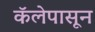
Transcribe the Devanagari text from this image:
कॅलेपासून